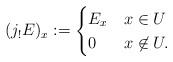
LaTeX: \begin{align*}(j_! E)_x :=\begin{cases} E_x & x \in U\\0 & x \not \in U. \end{cases}\end{align*}